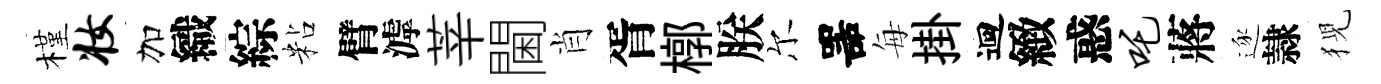
槿妆加織綜粘臂滹莘閫肖胥槨朕尔噐每掛迴緻惑吒蔣逐隷猊